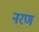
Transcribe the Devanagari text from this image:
नरण